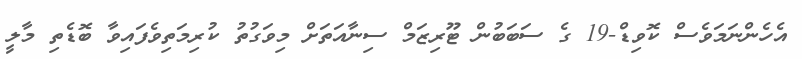
އެހެންނަމަވެސް ކޮވިޑް-19 ގެ ސަބަބުން ޓޫރިޒަމް ސިނާއަތަށް މިވަގުުތު ކުރިމަތިވެފައިވާ ބޮޑެތި މާލީ